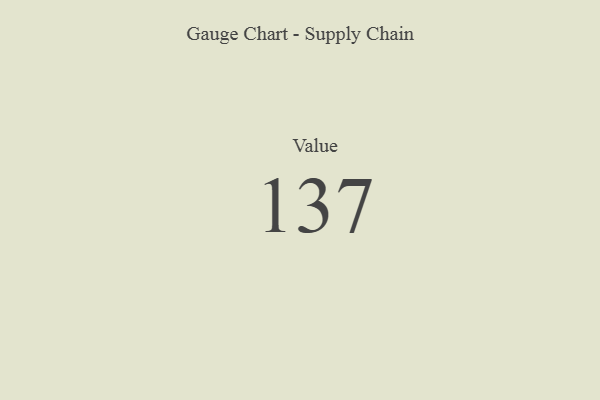
{"axis": {"x": "Metric", "y": "Value"}, "legend": [""], "data": [{"x": "Value", "y": 137, "type": ""}]}